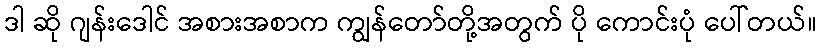
ဒါ ဆို ဂျန်းဒေါင် အစားအစာက ကျွန်တော်တို့အတွက် ပို ကောင်းပုံ ပေါ်တယ်။